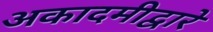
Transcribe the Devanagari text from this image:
अकादमीद्वारे